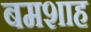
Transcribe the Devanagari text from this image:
बमशाह